Leaving Certificate Examination (including Day School Certificate (Higher) General paper), 1933
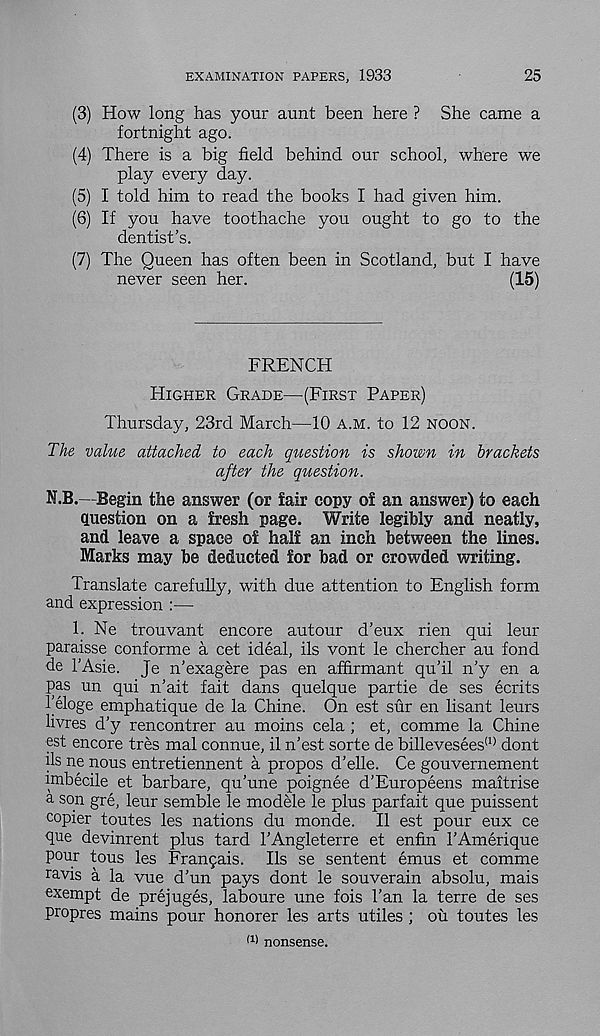
EXAMINATION PAPERS, 1933
25
(3) How long has your aunt been here ? She came a
fortnight ago.
(4) There is a big field behind our school, where we
play every day.
(5) I told him to read the books I had given him.
(6) If you have toothache you ought to go to the
dentist’s.
(7) The Queen has often been in Scotland, but I have
never seen her.
(15)
FRENCH
HIGHER GRADE—(FIRST PAPER)
Thursday, 23rd March—10 A.M. to 12 NOON.
The value attached to each question is shown in brackets
after the question.
N.B.—Begin the answer (or fair copy of an answer) to each
question on a fresh page. Write legibly and neatly,
and leave a space of half an inch between the lines.
Marks may be deducted for bad or crowded writing.
Translate carefully, with due attention to English form
and expression :—
1. Ne trouvant encore autour d’eux rien qui leur
paraisse conforme a cet ideal, ils vont le chercher au fond
de I’Asie. Je n’exagere pas en affirmant qu’il n’y en a
pas un qui n’ait fait dans quelque partie de ses ecrits
beloge emphatique de la Chine. On est stir en lisant leurs
livres d’y rencontrer au moins cela ; et, comme la Chine
est encore tres mal connue, il n’est sorte de billevesees (I) dont
ds ne nous entretiennent a propos d’elle. Ce gouvernement
imbecile et barbare, qu’une poignee d’Europeens maitrise
a son gre, leur semble le modele le plus parfait que puissent
copier toutes les nations du monde. II est pour eux ce
que devinrent plus tard I’Angleterre et enfin I’Amerique
pour tous les Franqais. Ils se sentent emus et comme
ravis a la vue d’un pays dont le souverain absolu, mais
exempt de prejuges, laboure une fois 1’an la terre de ses
propres mains pour honorer les arts utiles ; ou toutes les
(1 > nonsense.